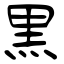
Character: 黒